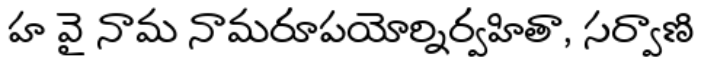
హ వై నామ నామరూపయోర్నిర్వహితా, సర్వాణి